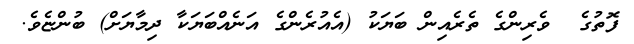
ފޮތުގެ  ވެރިންގެ ތެރެއިން ބަޔަކު (އެއުރެންގެ އަނެއްބަޔަކާ ދިމާޔަށް) ބުންޏެވެ.